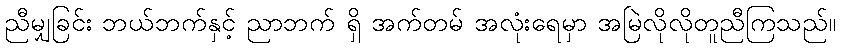
ညီမျှခြင်း ဘယ်ဘက်နှင့် ညာဘက် ရှိ အက်တမ် အလုံးရေမှာ အမြဲလိုလိုတူညီကြသည်။